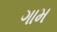
ગામ